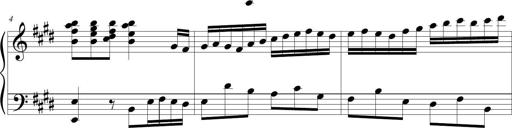
Title: Jousting Jocelyne
Composer: Michel Rondeau
Key: E major